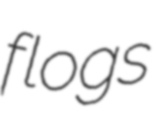
flogs